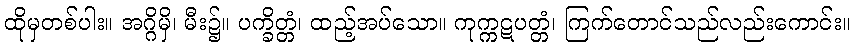
ထိုမှတစ်ပါး။ အဂ္ဂိမှိ၊ မီး၌။ ပက္ခိတ္တံ၊ ထည့်အပ်သော။ ကုက္ကဋပတ္တံ၊ ကြက်တောင်သည်လည်းကောင်း။